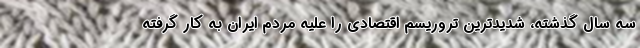
سه سال گذشته، شدیدترین تروریسم اقتصادی را علیه مردم ایران به کار گرفته